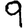
Digit: 9